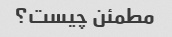
مطمئن چیست؟